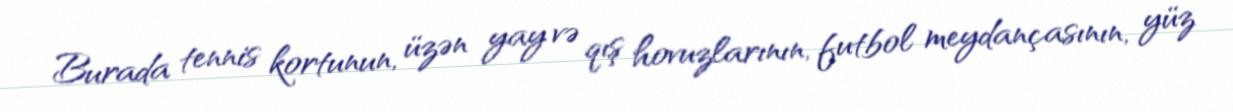
Burada tennis kortunun, üzən yay və qış hovuzlarının, futbol meydançasının, yüz